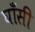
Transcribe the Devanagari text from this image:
घाँसी